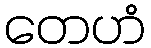
တေဟံ